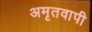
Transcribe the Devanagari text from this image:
अमृतवापी